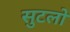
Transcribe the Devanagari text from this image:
सुटलो